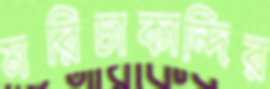
মরিচাকান্দির